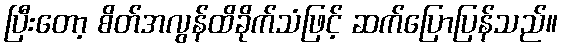
ပြီးတော့ စိတ်အလွန်ထိခိုက်သံဖြင့် ဆက်ပြောပြန်သည်။